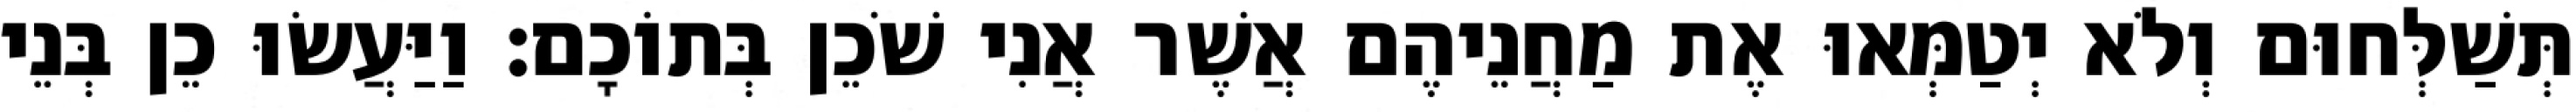
תְּשַׁלְּחוּם וְלֹא יְטַמְּאוּ אֶת מַחֲנֵיהֶם אֲשֶׁר אֲנִי שֹׁכֵן בְּתוֹכָם׃ וַיַּעֲשׂוּ כֵן בְּנֵי